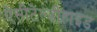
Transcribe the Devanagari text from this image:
ऐसीटेल्डीहाइड